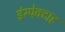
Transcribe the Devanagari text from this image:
इंस्पेक्टाह